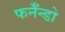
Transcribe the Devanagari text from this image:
फर्नॅन्डो